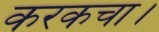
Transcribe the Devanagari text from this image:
करकचा।